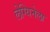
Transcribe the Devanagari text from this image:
लेग्यिनेला